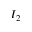
I _ { 2 }